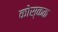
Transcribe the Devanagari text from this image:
कोस्कक